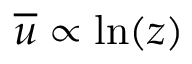
\overline { { u } } \propto \ln ( z )